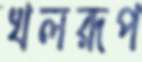
খলরূপ